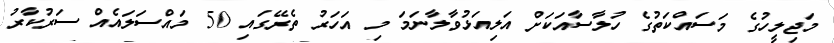
މަޖިލީހުގެ މަސަައްކަތުގެ ހުލާސާއަކަށް އަލިއަޅުވާލާނަމަ މި އަހަރު ތެރޭގައި 50 މައްސަލައެއް ސަރުކާރު